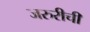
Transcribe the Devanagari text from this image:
जरुरीची